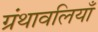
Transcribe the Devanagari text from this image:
ग्रंथावलियाँ